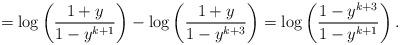
LaTeX: \begin{align*}=\log\left(\frac{1+y}{1-y^{k+1}}\right)-\log\left(\frac{1+y}{1-y^{k+3}}\right)=\log\left(\frac{1-y^{k+3}}{1-y^{k+1}}\right). \end{align*}